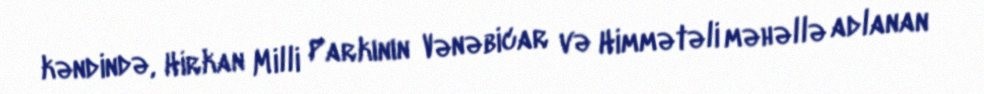
kəndində, Hirkan Milli Parkının Vənəbicar və Himmətəli məhəllə adlanan